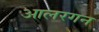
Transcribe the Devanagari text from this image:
आलरगन